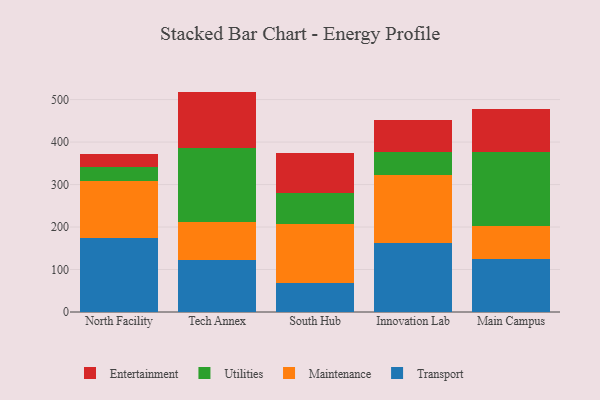
{"axis": {"x": "Campus", "y": "Waste Production (Tons)"}, "legend": ["Entertainment", "Maintenance", "Transport", "Utilities"], "data": [{"x": "North Facility", "y": 173.2, "type": "Transport"}, {"x": "North Facility", "y": 134.8, "type": "Maintenance"}, {"x": "North Facility", "y": 32.9, "type": "Utilities"}, {"x": "North Facility", "y": 30.5, "type": "Entertainment"}, {"x": "Tech Annex", "y": 123.3, "type": "Transport"}, {"x": "Tech Annex", "y": 89.5, "type": "Maintenance"}, {"x": "Tech Annex", "y": 173.1, "type": "Utilities"}, {"x": "Tech Annex", "y": 132.9, "type": "Entertainment"}, {"x": "South Hub", "y": 68.4, "type": "Transport"}, {"x": "South Hub", "y": 139.9, "type": "Maintenance"}, {"x": "South Hub", "y": 72.0, "type": "Utilities"}, {"x": "South Hub", "y": 93.8, "type": "Entertainment"}, {"x": "Innovation Lab", "y": 163.2, "type": "Transport"}, {"x": "Innovation Lab", "y": 160.0, "type": "Maintenance"}, {"x": "Innovation Lab", "y": 52.5, "type": "Utilities"}, {"x": "Innovation Lab", "y": 76.3, "type": "Entertainment"}, {"x": "Main Campus", "y": 124.7, "type": "Transport"}, {"x": "Main Campus", "y": 78.8, "type": "Maintenance"}, {"x": "Main Campus", "y": 174.1, "type": "Utilities"}, {"x": "Main Campus", "y": 99.5, "type": "Entertainment"}]}